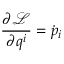
{ \frac { \partial { \mathcal { L } } } { \partial q ^ { i } } } = { \dot { p } } _ { i }